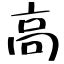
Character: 高